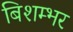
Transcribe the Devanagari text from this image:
बिशम्भर